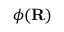
{ \boldsymbol { \phi } } ( \mathbf { R } )